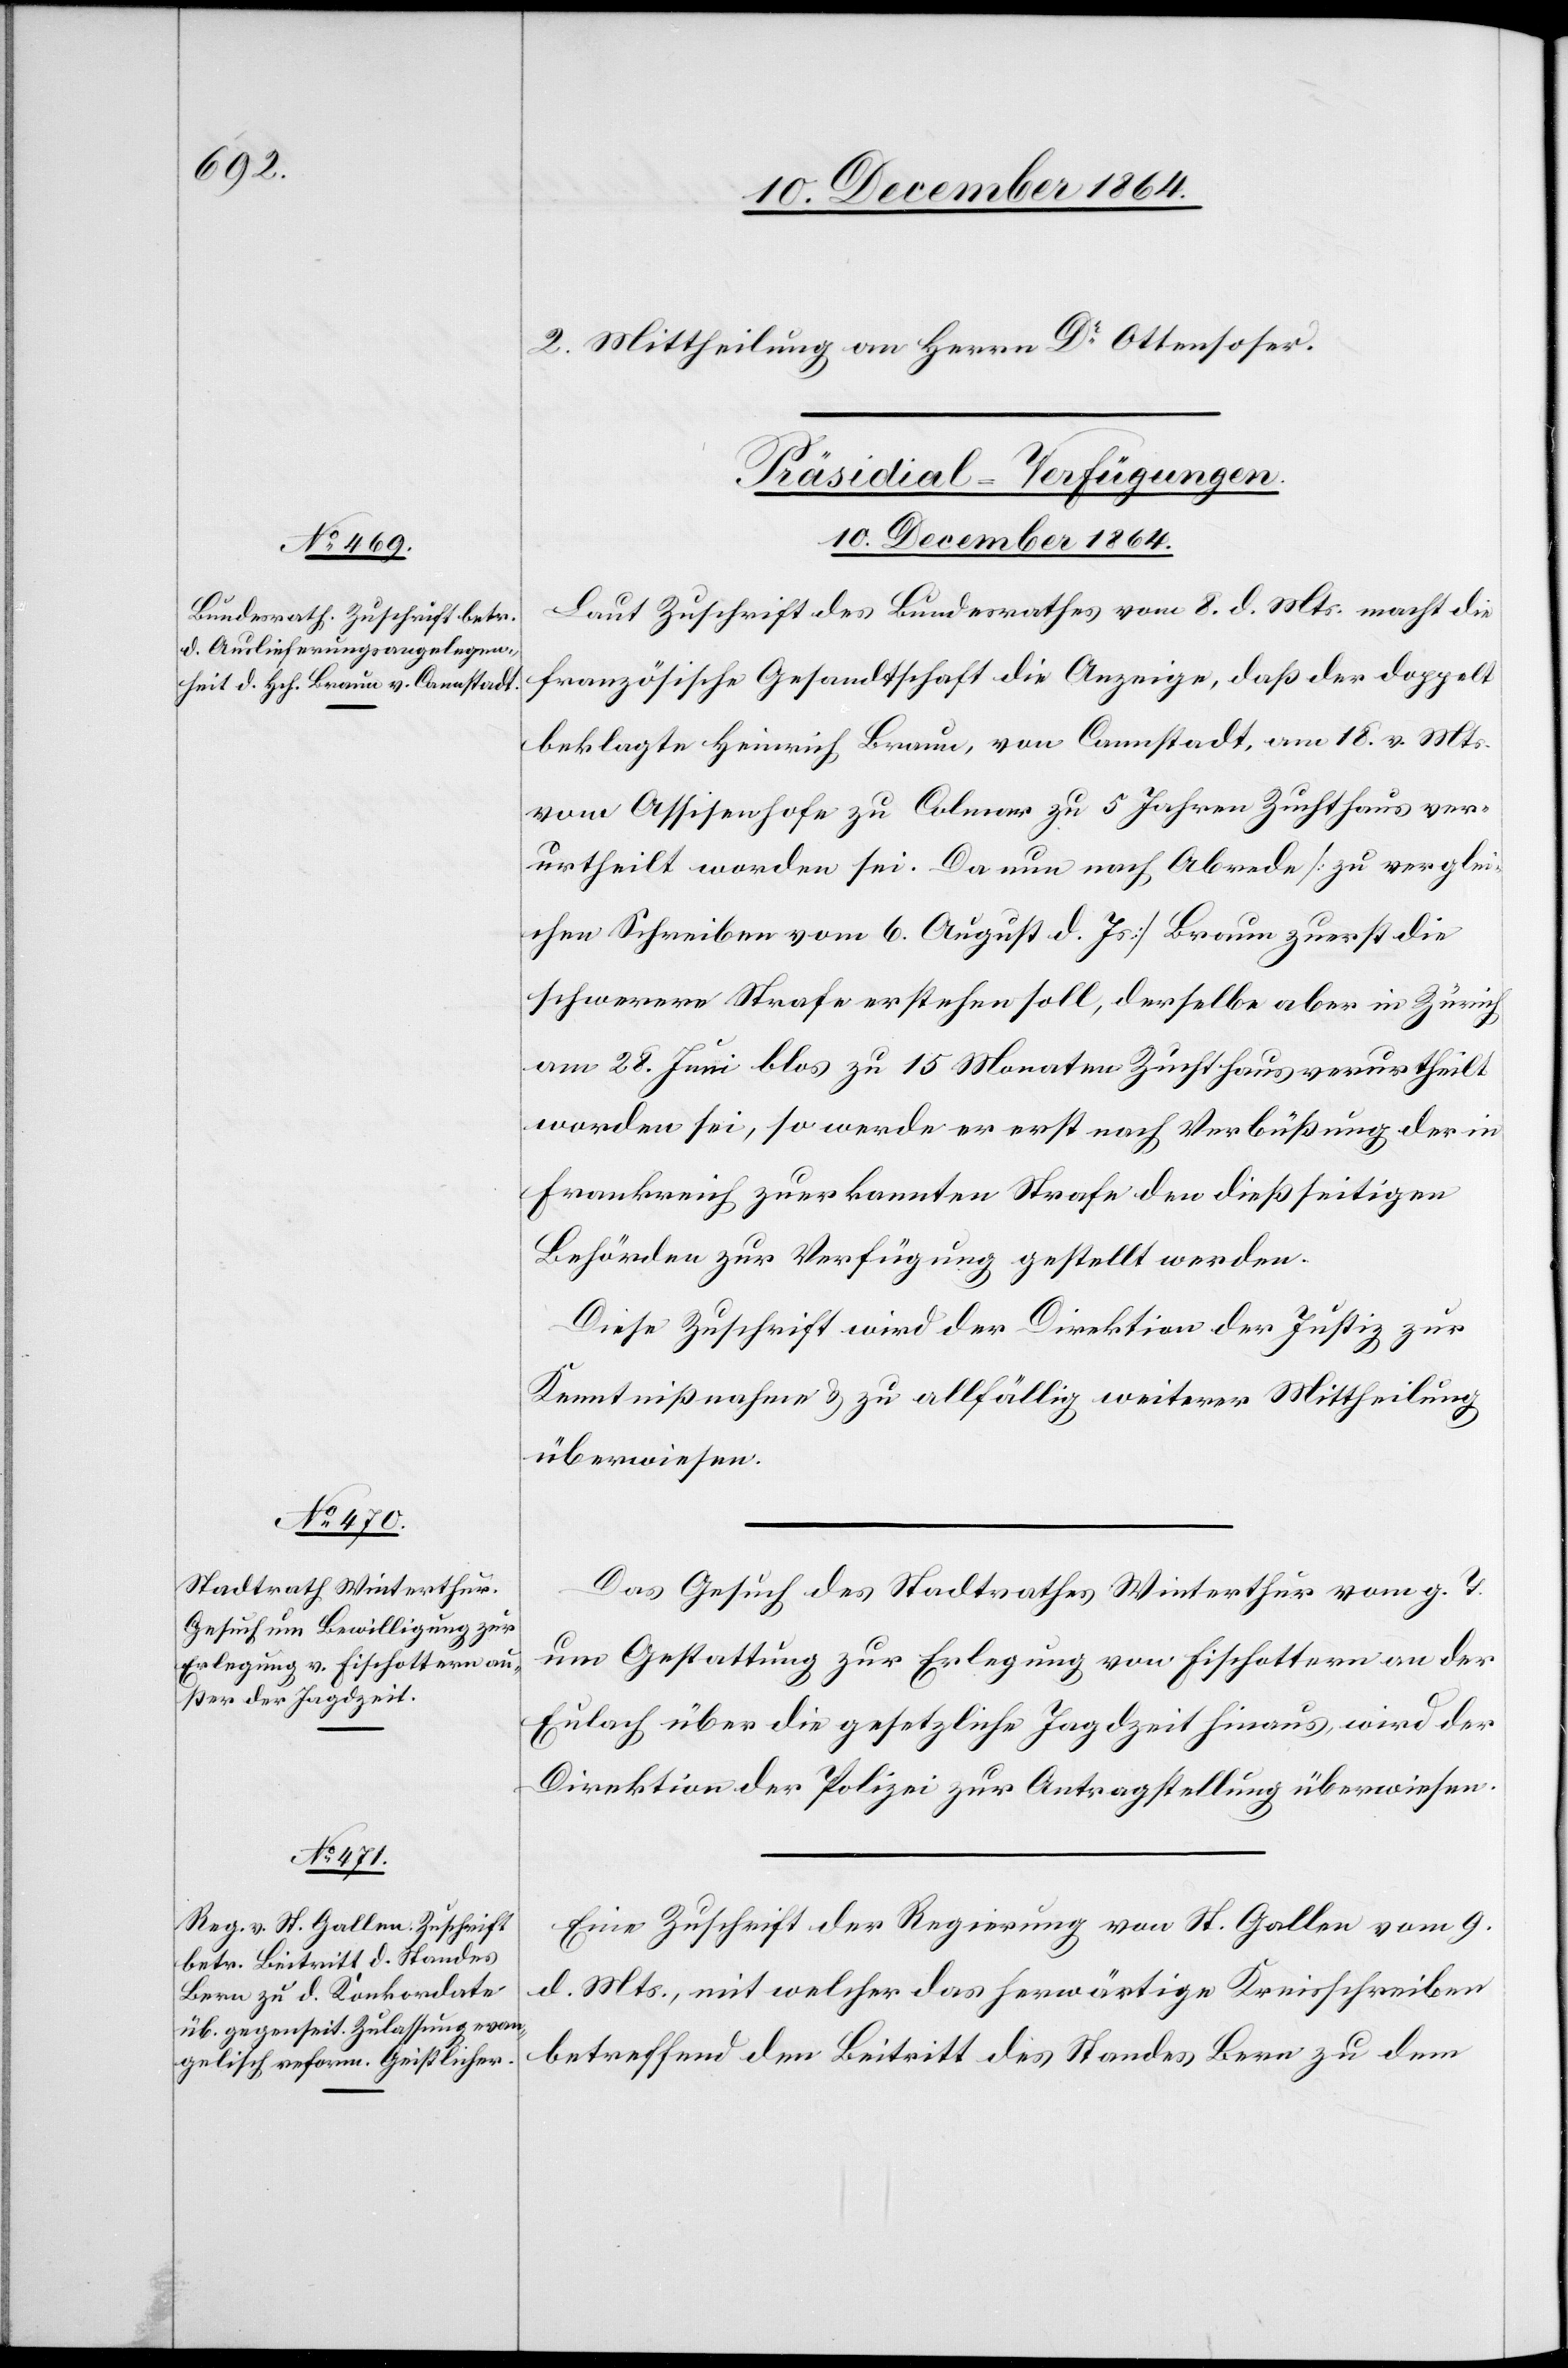
2. Mittheilung an Herrn Dr Ottensoser.
[Präsidial-Verfügungen.
10. December 1864.]
Laut Zuschrift des Bundesrathes vom 8. d. Mts. macht die
französische Gesandtschaft die Anzeige, daß der doppelt
beklagte Heinrich Braun, von Cannstadt, am 18. v. Mts.
vom Assissenhofe zu Colmar zu 5 Jahren Zuchthaus ver¬
urtheilt worden sei. Da nun nach Abrede [zu verglei¬
chen Schreiben vom 6. August d. Js.] Braun zuerst die
schwerere Strafe erstehen soll, derselbe aber in Zürich
am 28. Juni blos zu 15 Monaten Zuchthaus verurtheilt
worden sei, so werde er erst nach Verbüßung der in
Frankreich zuerkannten Strafe den dießseitigen
Behörden zur Verfügung gestellt werden.
Diese Zuschrift wird der Direktion der Justiz zur
Kenntnißnahme & zu allfällig weiterer Mittheilung
überwiesen.
Das Gesuch des Stadtrathes Winterthur vom g. T.
um Gestattung zur Erlegung von Fischottern an der
Eulach über die gesetzliche Jagdzeit hinaus, wird der
Direktion der Polizei zur Antragstellung überwiesen.
Eine Zuschrift der Regierung von St. Gallen vom 9.
d. Mts., mit welcher das herwärtige Kreisschreiben
betreffend den Beitritt des Standes Bern zu dem